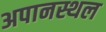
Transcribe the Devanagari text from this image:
अपानस्थल